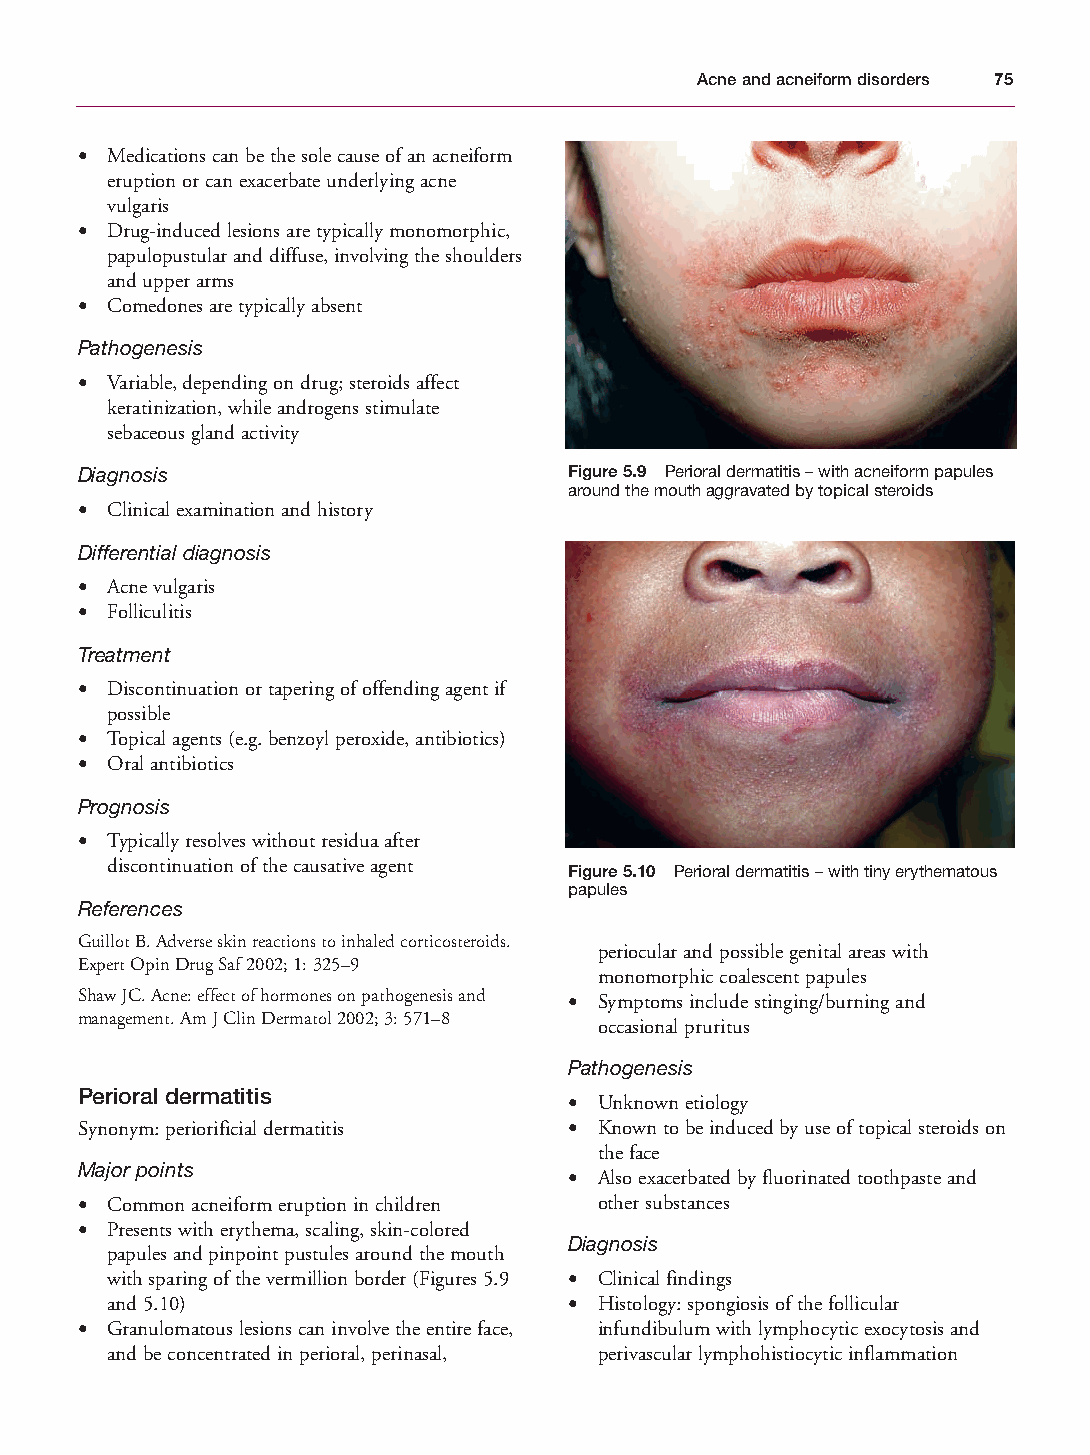
Mallory Chapter 05 27/1/05 1:43 pm Page 75
 Acne and acneiform disorders 75
 • Medications can be the sole cause of an acneiform
 eruption or can exacerbate underlying acne
 vulgaris
 • Drug-induced lesions are typically monomorphic,
 papulopustular and diffuse, involving the shoulders
 and upper arms
 • Comedones are typically absent
 Pathogenesis
 • Variable, depending on drug; steroids affect
 keratinization, while androgens stimulate
 sebaceous gland activity
 Diagnosis                        Figure 5.9 Perioral dermatitis – with acneiform papules
 around the mouth aggravated by topical steroids
 • Clinical examination and history
 Differential diagnosis
 • Acne vulgaris
 • Folliculitis
 Treatment
 • Discontinuation or tapering of offending agent if
 possible
 • Topical agents (e.g. benzoyl peroxide, antibiotics)
 • Oral antibiotics
 Prognosis
 • Typically resolves without residua after
 discontinuation of the causative agent Figure 5.10 Perioral dermatitis – with tiny erythematous
 papules
 References
 Guillot B. Adverse skin reactions to inhaled corticosteroids.
 periocular and possible genital areas with
 Expert Opin Drug Saf 2002; 1: 325–9
 monomorphic coalescent papules
 Shaw JC. Acne: effect of hormones on pathogenesis and • Symptoms include stinging/burning and
 management. Am J Clin Dermatol 2002; 3: 571–8
 occasional pruritus
 Pathogenesis
 Perioral dermatitis
 • Unknown etiology
 Synonym: periorificial dermatitis • Known to be induced by use of topical steroids on
 the face
 Major points
 • Also exacerbated by fluorinated toothpaste and
 • Common acneiform eruption in children other substances
 • Presents with erythema, scaling, skin-colored
 Diagnosis
 papules and pinpoint pustules around the mouth
 with sparing of the vermillion border (Figures 5.9 • Clinical findings
 and 5.10)                      • Histology: spongiosis of the follicular
 • Granulomatous lesions can involve the entire face, infundibulum with lymphocytic exocytosis and
 and be concentrated in perioral, perinasal, perivascular lymphohistiocytic inflammation